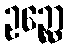
ဥဉ္ဆော